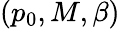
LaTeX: (p_{0},M,\beta)